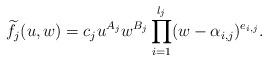
LaTeX: \begin{align*}\widetilde{f_j}(u,w)=c_ju^{A_j}w^{B_j}\prod_{i=1}^{l_j}(w-\alpha_{i,j})^{e_{i,j}}.\end{align*}